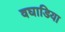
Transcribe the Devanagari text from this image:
वघाडिया